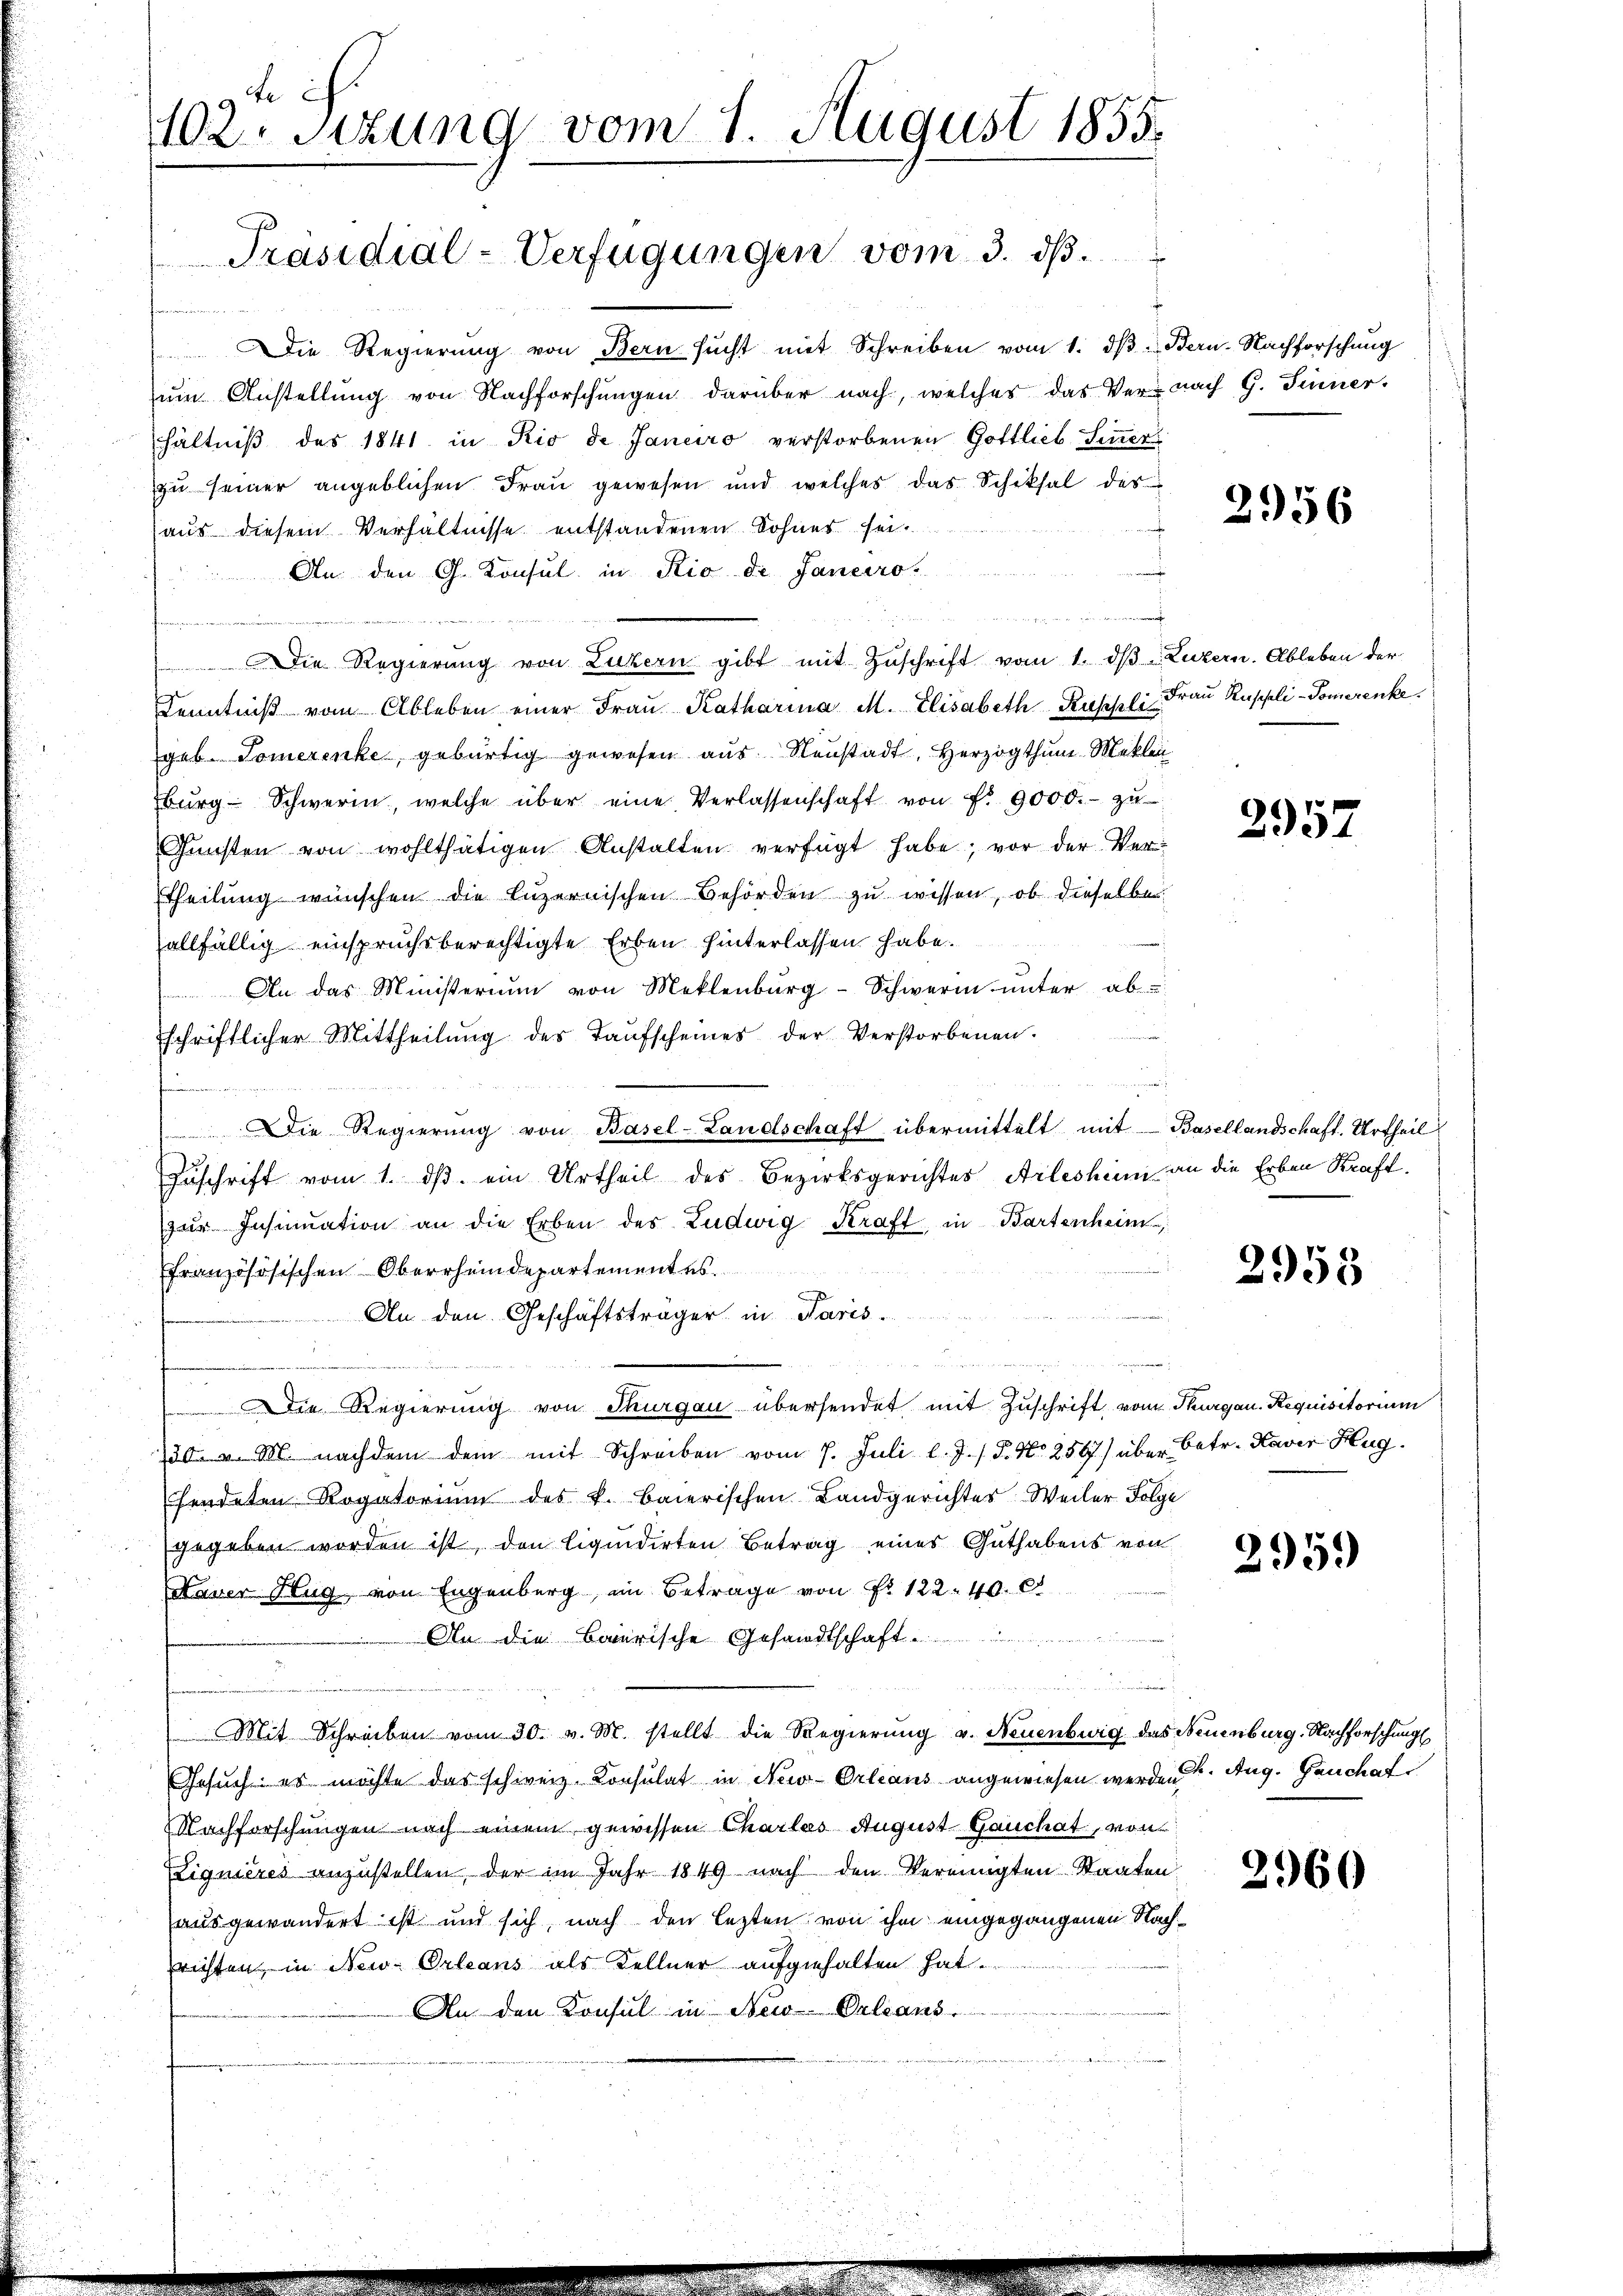
102. Sizung vom 1. August 1855.
Präsidial-Verfügungen vom 3. ds.
x

Die Regierŭng von Bern sŭcht mit Schreiben vom 1. dβ. Bern-Nachforschung
ŭm Anstellung von Nachforschungen darüber nach, welches das Ver- nach G. Sinner-
hältniß des 1841 in Rio de Janeiro verstorbenen Gottlieb Sinner
zu seiner angeblichen Frau gewesen und welches das Schiksal des
aus diesem Verhältnisse entstandenen Sohnes sei
An den G. Konsul in Rio de Janeiro
u

 Die Regierung von Luzern gibt mit Zuschrift vom 1. dβ Luzern. Ableben der
Kenntniβ vom Ableben einer Fraŭ Katharina M. Elisabeth Ruppli Frau Ruppli-Tomerenke.
geb. Somerenke, gebürtig gewesen aŭs Neŭstadt, Herzogthum Meklen
burg Schwerin, welche über eine Verlassenschaft von Fr. 9000.- zŭ
Gunsten von wohlthätigen Anstalten verfügt habe; vor der Ver¬
Theilung wünschen die Luzernischen Behörden zu wissen, ob dieselben
allfällig einspruchsberechtigte Erben hinterlassen habe.
 An das Ministerium von Meklenburg-Schweren unter ab-
schriftlicher Mittheilŭng des Kaŭfscheines der Verstorbenen.
Die Regierŭng von Basel-Landschaft übermittelt mit Basellandschaft. Urtheil
Zuschrift vom 1. dβ ein Urtheil des Bezirksgerichtes Arleshin an die Erben Kraft.
zur Insinuation an die Erben des Ludwig Kraft in Bartenheim,
ffranzösösischen Oberrheindepartementes.
An den Geschäftsträger in Paris
Die Regierung von Thurgau übersendet mit Zuschrift vom Thurgau. Requisitorium
730. v. M. nachdem dem mit Schreiben vom 7. Juli l. J. / 5. No 256) über betr. Kaver Hug.
fendeten Rogatorium des k. baierischen Landgerichtes Weiler Folge
gegeben worden ist, den liquidirten Betrag eines Guthabens von
Naver Hug, von Eugenburg, im Betrage von Fr. 122 40. 6
An die Baierische Gesandtschaft ..........
 Lage in angen
a
Mit Schreiben vom 30. v. M. stellt die Regierung v. Neuenbwig das Neuenburg, Nachforschung
Gesuch: es möchte das schweiz. Consulat in New-Orleans angewiesen werden. Aug. Genchat
Nachforschungen nach einem gewissen Charlees August Gauchat, von
ignieres anzustellen, der im Jahr 1849 nach den Vereinigten Staaten
ausgewandert ist und sich, nach den lezten von ihm eingegangenen Nachrichten, in New-Orleans als Kellner aufgehalten hat.
An den Konsul in New-Orleans

2956

2957

2958

295.

2960